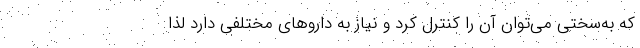
که به‌سختی می‌توان آن را کنترل کرد و نیاز به داروهای مختلفی دارد لذا